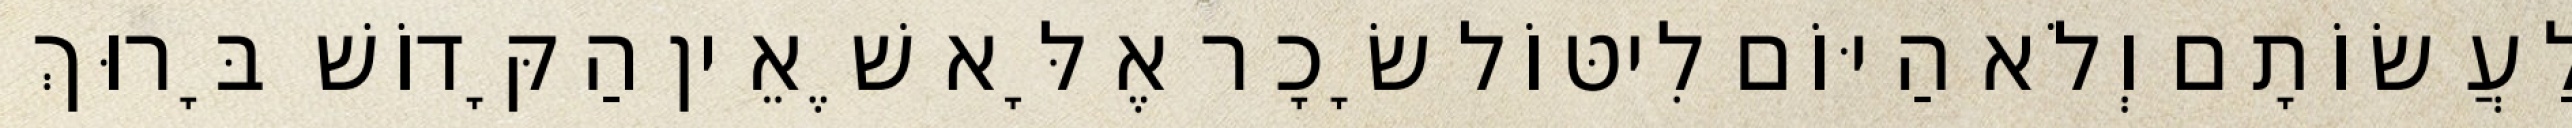
לַעֲשׂוֹתָם וְלֹא הַיּוֹם לִיטּוֹל שָׂכָר אֶלָּא שֶׁאֵין הַקָּדוֹשׁ בָּרוּךְ